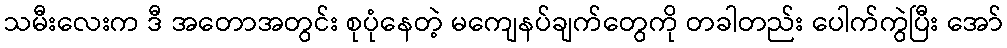
သမီးလေးက ဒီ အတောအတွင်း စုပုံနေတဲ့ မကျေနပ်ချက်တွေကို တခါတည်း ပေါက်ကွဲပြီး အော်